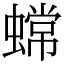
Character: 蟐